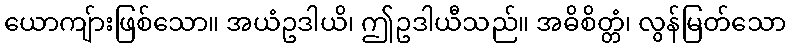
ယောကျ်ားဖြစ်သော။ အယံဥဒါယိ၊ ဤဥဒါယီသည်။ အဓိစိတ္တံ၊ လွန်မြတ်သော